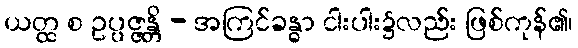
ယတ္ထ စ ဥပ္ပဇ္ဇန္တိ - အကြင်ခန္ဓာ ငါးပါး၌လည်း ဖြစ်ကုန်၏၊